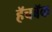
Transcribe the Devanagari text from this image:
हॅचबॅक